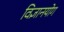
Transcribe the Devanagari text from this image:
विज्ञानयोग